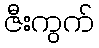
ဇီးကွက်